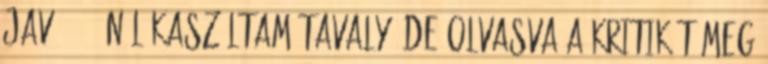
jav. 4×11-nél kaszáltam tavaly, de olvasva a kritikát meg